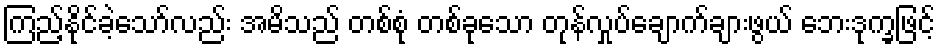
ကြည့်နိုင်ခဲ့သော်လည်း အမိသည် တစ်စုံ တစ်ခုသော တုန်လှုပ်ချောက်ချားဖွယ် ဘေးဒုက္ခဖြင့်